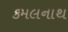
કમલનાથ